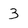
Character: 3